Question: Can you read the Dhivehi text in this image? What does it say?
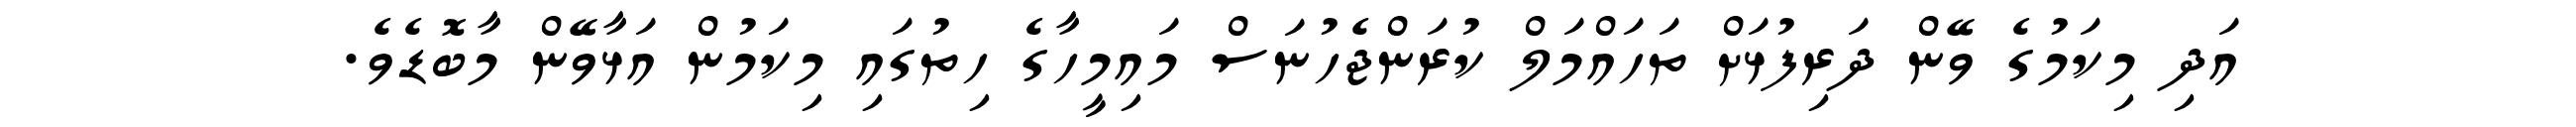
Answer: އަދި މިކަމުގެ ވޭން ދަރިފުޅަށް ތަހައްމަލް ކުރަންޖެހުނަސް މައިމީހާގެ ހިތުގައި މިކަމުން އަޅާވޭން މާބޮޑެވެ.